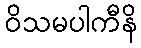
ဝိသမပါကီနိ